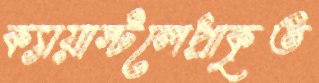
ক্যায়াস্টলেপ্রাকৃত